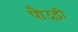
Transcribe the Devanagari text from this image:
पौउड़ी